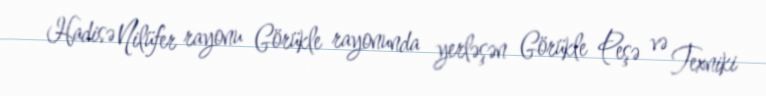
Hadisə Nilüfer rayonu Görükle rayonunda yerləşən Görükle Peşə və Texniki